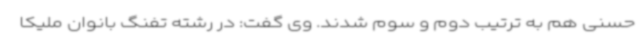
حسنی هم به ترتیب دوم و سوم شدند. وی گفت: در رشته تفنگ بانوان ملیکا